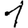
Digit: 1